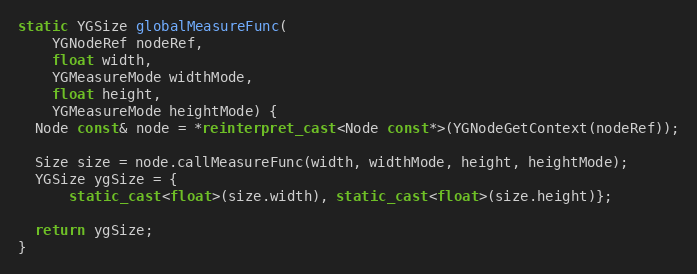
Language: C++
static YGSize globalMeasureFunc(
    YGNodeRef nodeRef,
    float width,
    YGMeasureMode widthMode,
    float height,
    YGMeasureMode heightMode) {
  Node const& node = *reinterpret_cast<Node const*>(YGNodeGetContext(nodeRef));

  Size size = node.callMeasureFunc(width, widthMode, height, heightMode);
  YGSize ygSize = {
      static_cast<float>(size.width), static_cast<float>(size.height)};

  return ygSize;
}